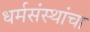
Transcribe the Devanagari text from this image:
धर्मसंस्थांचा